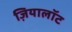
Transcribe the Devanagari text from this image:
ज़ियालॉट